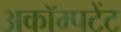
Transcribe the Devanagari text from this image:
अकॉम्पटेंट